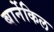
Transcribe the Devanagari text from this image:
बार्नेकिल